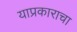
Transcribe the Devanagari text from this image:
याप्रकाराचा